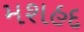
મશહદ